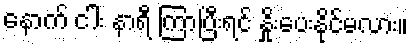
နောက် ငါး နာရီ ကြာပြီးရင် နှိုးပေးနိုင်မလား။